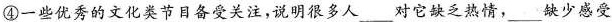
④一些优秀的文化类节目备受关注，说明很多人___对它缺乏热情，___缺少感受